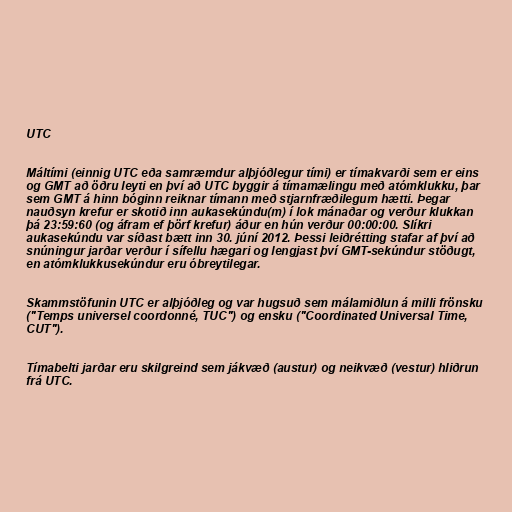
UTC

Máltími (einnig UTC eða samræmdur alþjóðlegur tími) er tímakvarði sem er eins
og GMT að öðru leyti en því að UTC byggir á tímamælingu með atómklukku, þar
sem GMT á hinn bóginn reiknar tímann með stjarnfræðilegum hætti. Þegar
nauðsyn krefur er skotið inn aukasekúndu(m) í lok mánaðar og verður klukkan
þá 23:59:60 (og áfram ef þörf krefur) áður en hún verður 00:00:00. Slíkri
aukasekúndu var síðast bætt inn 30. júní 2012. Þessi leiðrétting stafar af því að
snúningur jarðar verður í sífellu hægari og lengjast því GMT-sekúndur stöðugt,
en atómklukkusekúndur eru óbreytilegar.

Skammstöfunin UTC er alþjóðleg og var hugsuð sem málamiðlun á milli frönsku
("Temps universel coordonné, TUC") og ensku ("Coordinated Universal Time,
CUT").

Tímabelti jarðar eru skilgreind sem jákvæð (austur) og neikvæð (vestur) hliðrun
frá UTC.